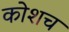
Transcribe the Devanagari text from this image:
कोशच